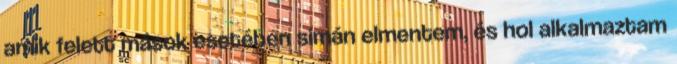
amik felett mások esetében simán elmentem, és hol alkalmaztam